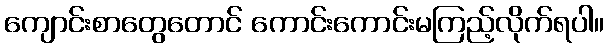
ကျောင်းစာတွေတောင် ကောင်းကောင်းမကြည့်လိုက်ရပါ။